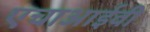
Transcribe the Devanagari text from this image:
एचाआईवी